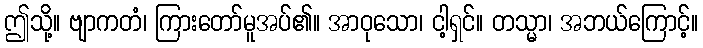
ဤသို့။ ဗျာကတံ၊ ကြားတော်မူအပ်၏။ အာဝုသော၊ ငါ့ရှင်။ တသ္မာ၊ အဘယ်ကြောင့်။